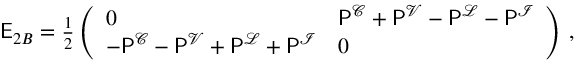
\begin{array} { r } { \mathsf { E } _ { 2 B } = \frac { 1 } { 2 } \left( \begin{array} { l l } { 0 } & { \mathsf { P } ^ { \mathcal { C } } + \mathsf { P } ^ { \mathcal { V } } - \mathsf { P } ^ { \mathcal { L } } - \mathsf { P } ^ { \mathcal { I } } } \\ { - \mathsf { P } ^ { \mathcal { C } } - \mathsf { P } ^ { \mathcal { V } } + \mathsf { P } ^ { \mathcal { L } } + \mathsf { P } ^ { \mathcal { I } } } & { 0 } \end{array} \right) \, , } \end{array}